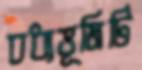
বধ্যভূমিটি